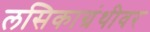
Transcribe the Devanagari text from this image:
लसिकाग्रंथीवर